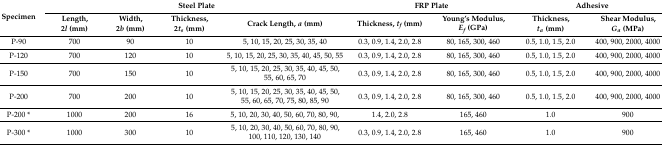
<table><thead><tr><td rowspan="2"><b>Specimen</b></td><td colspan="4"><b>Steel Plate</b></td><td colspan="2"><b>FRP Plate</b></td><td colspan="2"><b>Adhesive</b></td></tr><tr><td><b>Length, 2<i>l</i> (mm)</b></td><td><b>Width, 2<i>b</i> (mm)</b></td><td><b>Thickness, 2<i>t<sub>s</sub></i> (mm)</b></td><td><b>Crack Length, <i>a</i> (mm)</b></td><td><b>Thickness, <i>t<sub>f</sub></i> (mm)</b></td><td><b>Young’s Modulus, <i>E<sub>f</sub></i> (GPa)</b></td><td><b>Thickness, <i>t<sub>a</sub></i> (mm)</b></td><td><b>Shear Modulus, <i>G<sub>a</sub></i> (MPa)</b></td></tr></thead><tbody><tr><td>P-90</td><td>700</td><td>90</td><td>10</td><td>5, 10, 15, 20, 25, 30, 35, 40</td><td>0.3, 0.9, 1.4, 2.0, 2.8</td><td>80, 165, 300, 460</td><td>0.5, 1.0, 1.5, 2.0</td><td>400, 900, 2000, 4000</td></tr><tr><td>P-120</td><td>700</td><td>120</td><td>10</td><td>5, 10, 15, 20, 25, 30, 35, 40, 45, 50, 55</td><td>0.3, 0.9, 1.4, 2.0, 2.8</td><td>80, 165, 300, 460</td><td>0.5, 1.0, 1.5, 2.0</td><td>400, 900, 2000, 4000</td></tr><tr><td>P-150</td><td>700</td><td>150</td><td>10</td><td>5, 10, 15, 20, 25, 30, 35, 40, 45, 50, 55, 60, 65, 70</td><td>0.3, 0.9, 1.4, 2.0, 2.8</td><td>80, 165, 300, 460</td><td>0.5, 1.0, 1.5, 2.0</td><td>400, 900, 2000, 4000</td></tr><tr><td>P-200</td><td>700</td><td>200</td><td>10</td><td>5, 10, 15, 20, 25, 30, 35, 40, 45, 50, 55, 60, 65, 70, 75, 80, 85, 90</td><td>0.3, 0.9, 1.4, 2.0, 2.8</td><td>80, 165, 300, 460</td><td>0.5, 1.0, 1.5, 2.0</td><td>400, 900, 2000, 4000</td></tr><tr><td>P-200 *</td><td>1000</td><td>200</td><td>16</td><td>5, 10, 20, 30, 40, 50, 60, 70, 80, 90,</td><td>1.4, 2.0, 2.8</td><td>165, 460</td><td>1.0</td><td>900</td></tr><tr><td>P-300 *</td><td>1000</td><td>300</td><td>10</td><td>5, 10, 20, 30, 40, 50, 60, 70, 80, 90, 100, 110, 120, 130, 140</td><td>0.3, 0.9, 1.4, 2.0, 2.8</td><td>165, 460</td><td>1.0</td><td>900</td></tr></tbody></table>